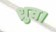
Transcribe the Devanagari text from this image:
ध्रुव।